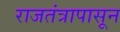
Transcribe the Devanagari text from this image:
राजतंत्रापासून